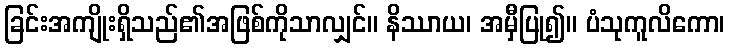
ခြင်းအကျိုးရှိသည်၏အဖြစ်ကိုသာလျှင်။ နိဿာယ၊ အမှီပြု၍။ ပံသုကူလိကော၊